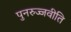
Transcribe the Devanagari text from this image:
पुनरुज्जवीति